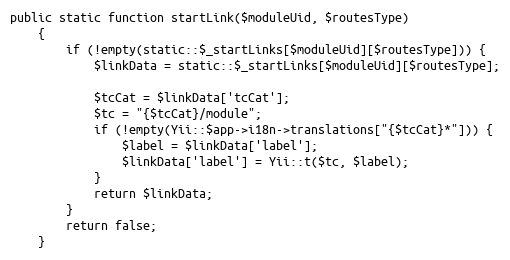
Language: PHP
public static function startLink($moduleUid, $routesType)
    {
        if (!empty(static::$_startLinks[$moduleUid][$routesType])) {
            $linkData = static::$_startLinks[$moduleUid][$routesType];

            $tcCat = $linkData['tcCat'];
            $tc = "{$tcCat}/module";
            if (!empty(Yii::$app->i18n->translations["{$tcCat}*"])) {
                $label = $linkData['label'];
                $linkData['label'] = Yii::t($tc, $label);
            }
            return $linkData;
        }
        return false;
    }